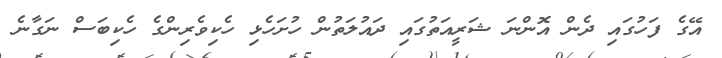
އޭގެ ފަހުގައި ދެން އޮންނަ ޝަރީއަތުގައި ދައުލަތުން ހުށަހެޅި ހެކިވެރިންގެ ހެކިބަސް ނަގާނެ